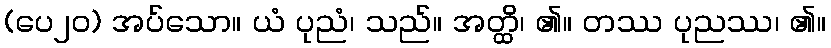
(ပေ၂၀) အပ်သော။ ယံ ပုညံ၊ သည်။ အတ္ထိ၊ ၏။ တဿ ပုညဿ၊ ၏။